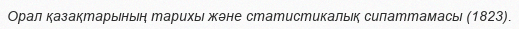
Орал қазақтарының тарихы және статистикалық сипаттамасы (1823).